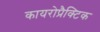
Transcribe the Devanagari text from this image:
कायरोप्रैक्टिक